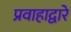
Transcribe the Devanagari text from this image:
प्रवाहाद्वारे